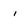
Character: i